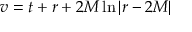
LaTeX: v = t + r + 2 M \ln | r - 2 M |